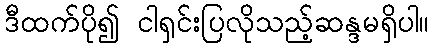
ဒီထက်ပို၍ ငါရှင်းပြလိုသည့်ဆန္ဒမရှိပါ။